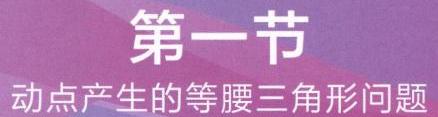
第一节
动点产生的等腰三角形问题